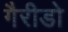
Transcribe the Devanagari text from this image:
गैरीडो